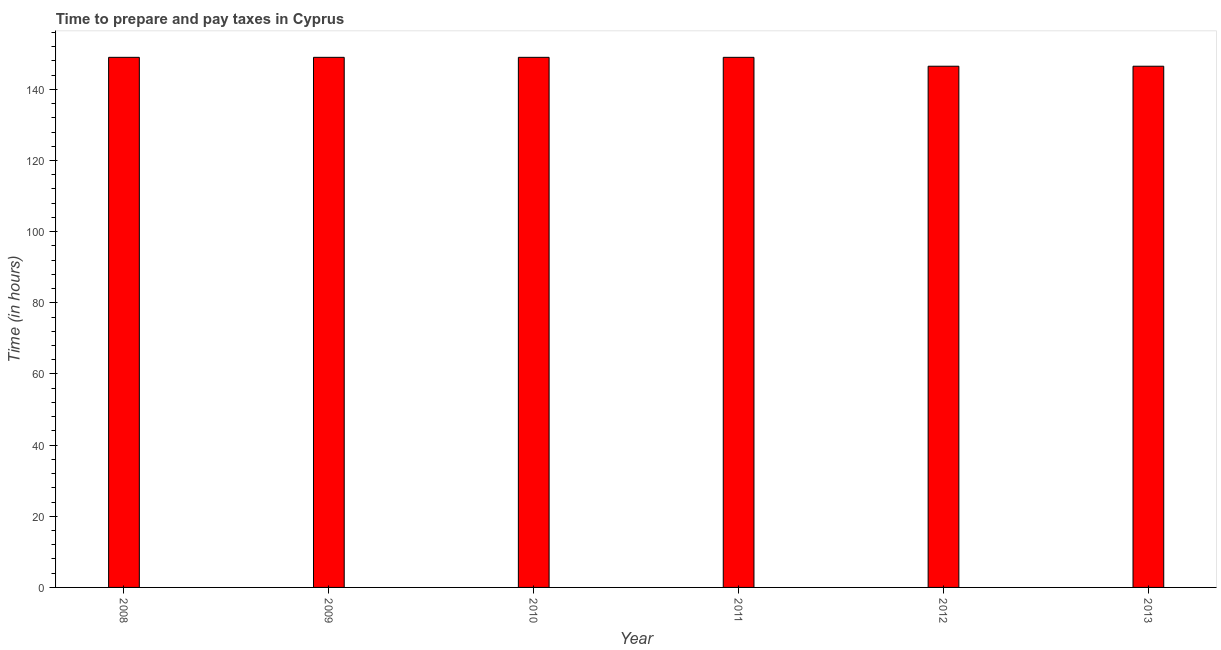
| Year | Time to prepare and pay taxes |
 | --- | --- |
 | 2008 | 149 |
 | 2009 | 149 |
 | 2010 | 149 |
 | 2011 | 149 |
 | 2012 | 146 |
 | 2013 | 146 |